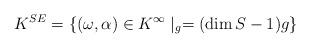
LaTeX: \begin{align*}K^{SE}=\{(\omega,\alpha)\in K^\infty\mid _g=(\dim S -1)g\}\end{align*}